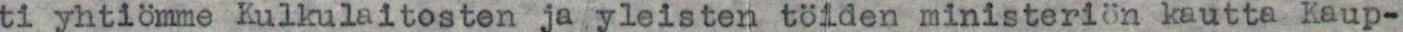
ti yhtiömme Kulkulaitosten ja yleisten töiden ministeriön kautta Kaup-